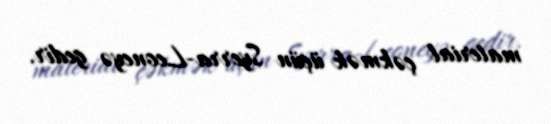
material çəkmək üçün Syerra-Leoneyə gedir.